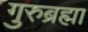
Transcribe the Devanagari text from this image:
गुरुब्रह्मा